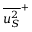
{ \overline { { u _ { S } ^ { 2 } } } } ^ { + }